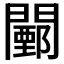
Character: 𨶵